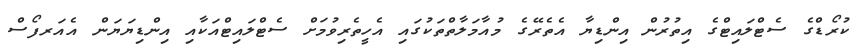
ކުރޯޑްގެ ސެޓްލައިޓްގެ އިތުރުން އިންޑިޔާ އެތެރޭގެ މުއާމަލާތްތަކުގައި އެހީތެރިވުމަށް ސެޓްލައިޓްއަކާއި އިންޑިޔަޔަން އެއަރފޯސް